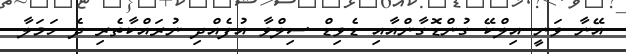
އޭނާ ވަނީ އިލްކޭ ގުންޑޮގާންއާއި ޑެވިޑް ސިލްވާ އުފެއްދި ނުރައްކާތެރި ދެ ހަމަލާ